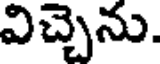
విచ్చెను.